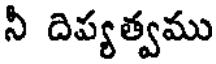
నీ దిప్యత్వము